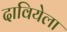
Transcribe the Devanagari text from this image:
दावियेला